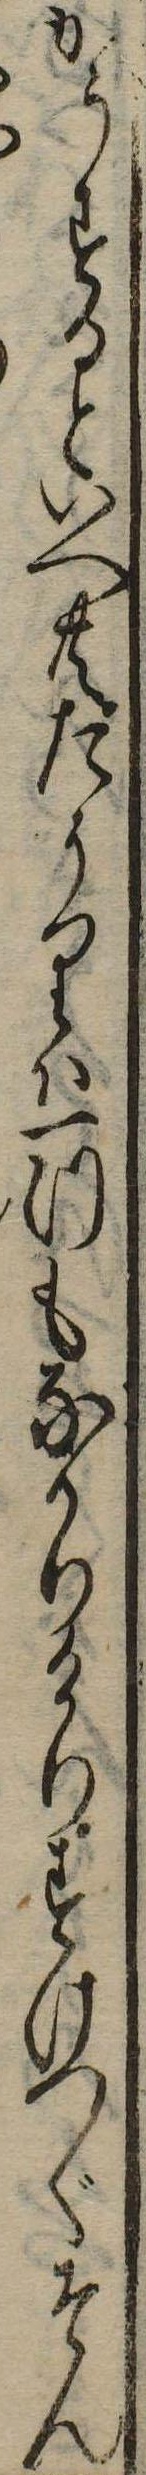
かうするといへ共たうりは一つもなかりけりすけつぐそん